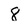
Character: 8